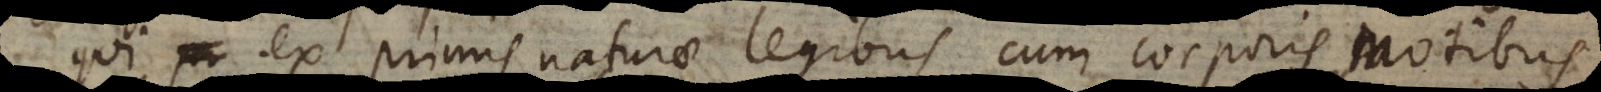
qui ex primis naturae legibus cum corporis motibus